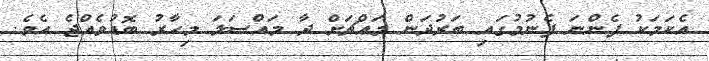
އެކަމަކު ފެންނަ ފެނުމުގައި ބަރުދަން މައްޗަށް ދާ މައްސަލަ މިހާރު ބޮޑުވެއްޖެ އެވެ.